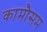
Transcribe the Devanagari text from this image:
कामौसम